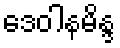
ဒေဝါနမိန္ဒ